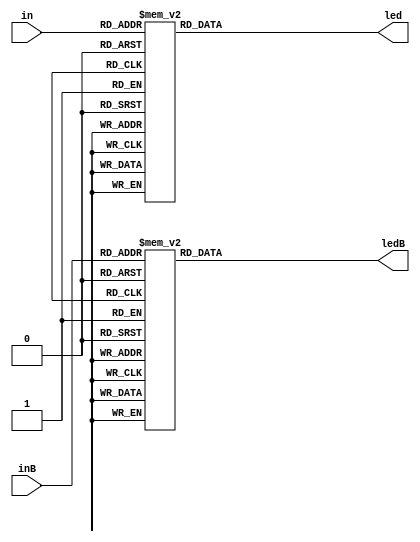
module showSevenSegment(in , inB, led , ledB);

input [3:0] in , inB;
output reg [6:0] led , ledB;

always @(in , inB)
begin
    case(in)
        
        0: led=7'b0000001;1: led=7'b1001111;2: led=7'b0010010;3: led=7'b0000110;
    4: led=7'b1001100;5: led=7'b0100100;6: led=7'b0100000;7: led=7'b0001111;
    8: led=7'b0000000;9: led=7'b0000100;
    10: led= 7'b0110001; 11: led = 7'b1110001;
//    10: led=7'b0001000;11: led=7'b1100000;
//    12: led=7'b0110001;13: led=7'b1000010;14: led=7'b0110000;15: led=7'b0111000;
        default: 
            led = 7'b0000000; 
     endcase
     
     case(inB)
        
        0: ledB=7'b0000001;1: ledB=7'b1001111;2: ledB=7'b0010010;3: ledB=7'b0000110;
    4: ledB=7'b1001100;5: ledB=7'b0100100;6: ledB=7'b0100000;7: ledB=7'b0001111;
    8: ledB=7'b0000000;9: ledB=7'b0000100;
    10: ledB= 7'b0110001; 11: ledB = 7'b1110001;
//    10: led=7'b0001000;11: led=7'b1100000;
//    12: led=7'b0110001;13: led=7'b1000010;14: led=7'b0110000;15: led=7'b0111000;
        default: 
            ledB = 7'b0000000; 
     endcase
     
end


endmodule